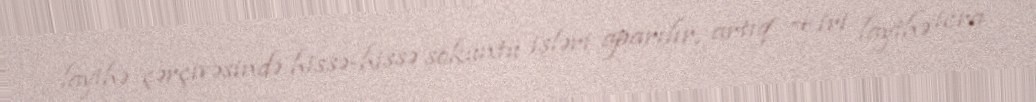
layihə çərçivəsində hissə-hissə söküntü işləri aparılır, artıq 4 iri layihə icra